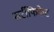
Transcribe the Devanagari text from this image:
सर्टीफिकेट